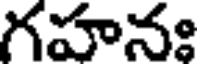
గహనః